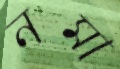
নমা